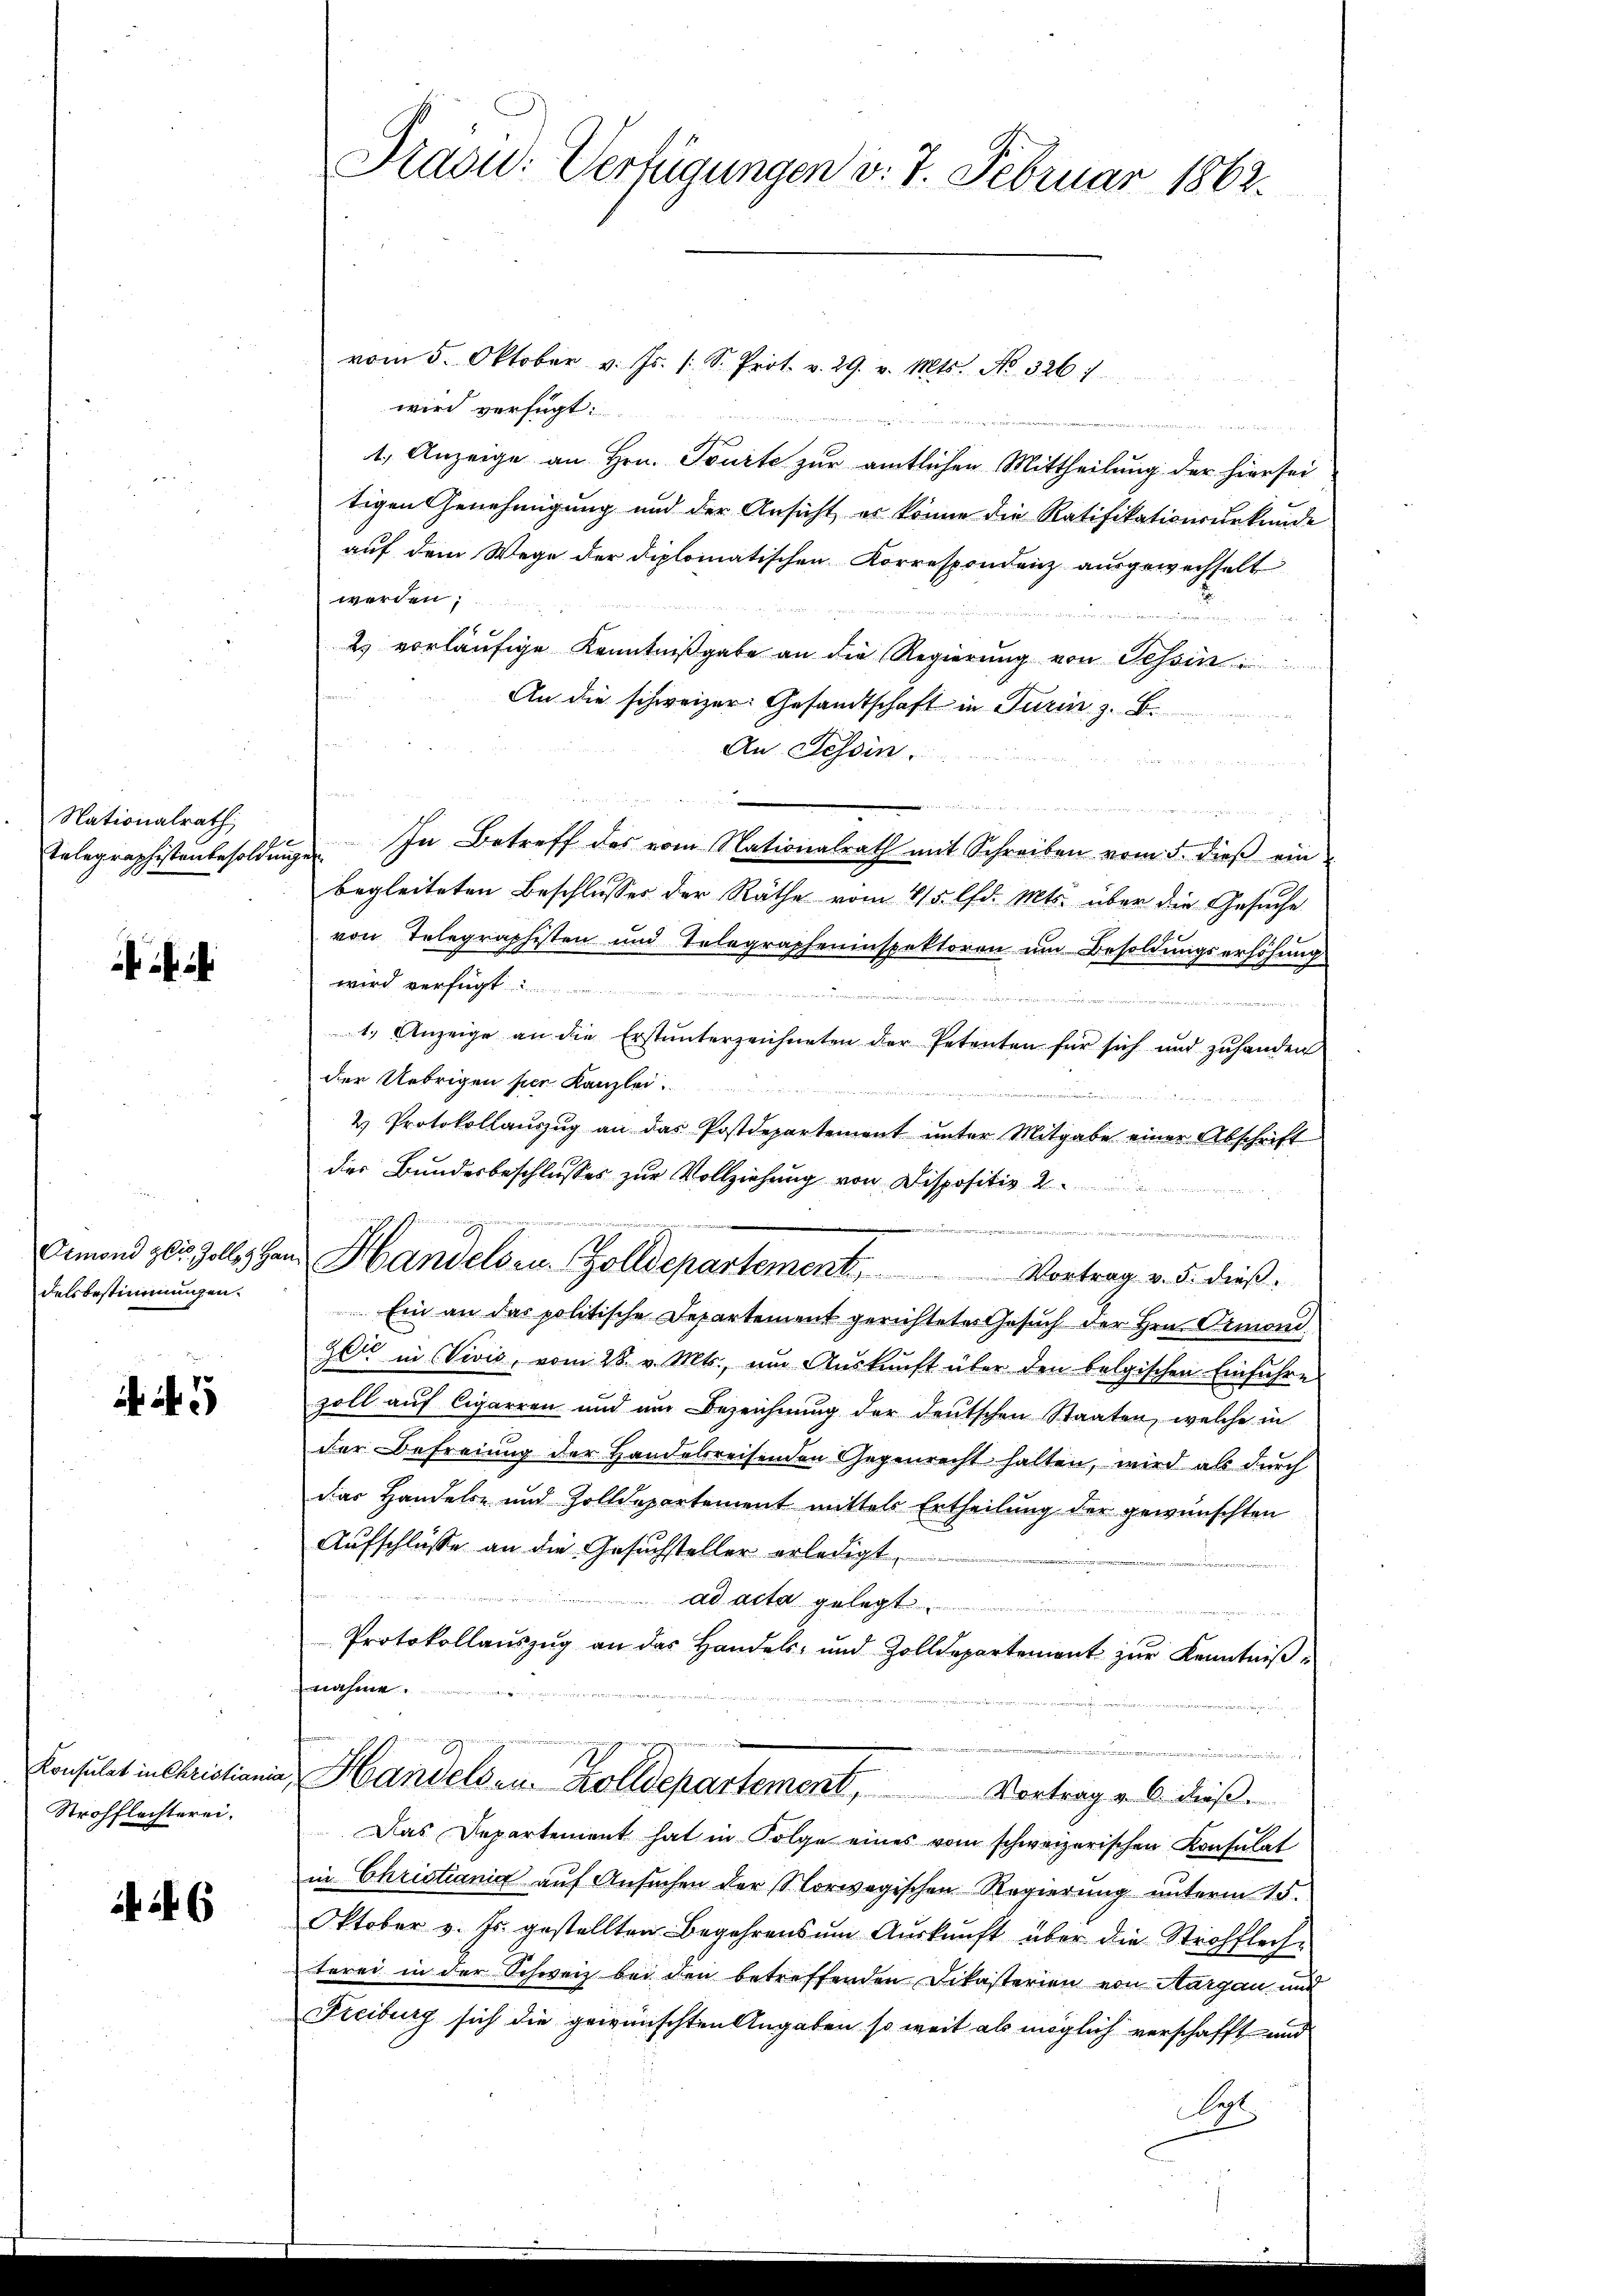
Nationalrath

delsbestimmungen.

5

Konsulat in Christiania,
Strohflechterei.

6

Präsid. Verfügungen d. 7. Februar 1862.

vom 5. Oktober v. Js. (: S. Prot. v. 29. v. Mts. No. 326. 7
wird verfügt:
n
1.) Anzeige an Hrn. Tourte zur amtlichen Mittheilung der hiersei
tigen Genehmigung und der Ansicht es könne die Ratifikationsurkunde
auf dem Wege der diplomatischen Korrespondenz ausgewechselt
werden;
2) vorläufige Kenntnißgabe an die Regierung von Tessin
An die schweizer. Gesandtschaft in Turin z. B.
An Tessin.
ommen un
Telegraphistenbesoldŭngen. In Betreff des vom Nationalrath mit Schreiben vom 5. dieβ ein
begleiteten Beschlusses der Räthe vom 4/5. lfd. Mts. über die Gesuche
von Telegraphisten und Telegrapheninspektoren ŭm Besoldŭngserhöhŭng
wird verfügt
1.) Anzeige an die Erstŭnterzeichneten der Petenten für sich und zŭ handen
der Uebrigen per Kanzlei.

& Protokollaŭszŭg an das Postdepartement ŭnter Mitgabe einer Abschrift
der Bundesbeschlusses zur Vollziehung von Dispositiv d
i
Ammand zur Zell, Hand Handelsr. Zolldepartement, Vortrag v. 5. dieß¬
Ein an das politische Departement gerichteter Gesuch der Hrn. Ormoni.
Zeit in VVivis, vom 28. v. Mts., um Aŭskŭnft über den belgischen Einführe
zoll auf Cigarren und am Bezeichnung der deutschen Staaten, welche in
der Befreiung der Handelsreisenden Gegenrecht halten, wird als durch
das Handels- und Zolldepartement mittels Ertheilung der gewünschten
Aufschlüsse an die Gesuchsteller erledigt.
ad acta gelegt
Protokollaŭszŭg an das Handels- und Zolldepartement zŭr Kenntniβ
nahme.
Handelsen. Zolldepartement, Vortrages dieß¬
Das Departement hat in Folge eines vom schweizerischen Konsulat
in Christiania auf Ansuchen der Vorwegischen Regierung unterm 15.
Oktober v. Js. gestellten Begehrens ŭm Aŭskŭnft über die Strohflech-
terei in der Schweiz bei den betreffenden Dikasterien von Margau und
Freiburg sich die gewünschten Angaben so weit als möglich verschafft und
Sys